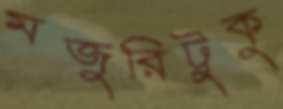
মজুরিটুকু